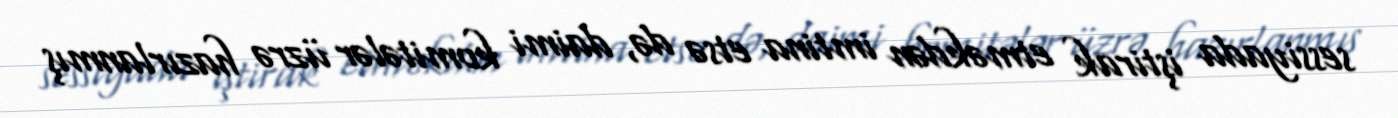
sessiyada iştirak etməkdən imtina etsə də, daimi komitələr üzrə hazırlanmış